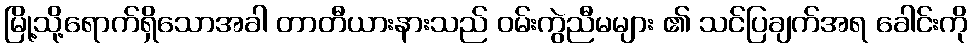
မြို့သို့ရောက်ရှိသောအခါ တာတီယားနားသည် ဝမ်းကွဲညီမများ ၏ သင်ပြချက်အရ ခေါင်းကို